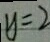
y = 2